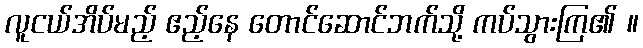
လူငယ်အိပ်မည့် ဧည့်နေ တောင်ဆောင်ဘက်သို့ ကပ်သွားကြ၏ ။